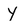
Character: y